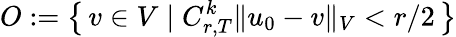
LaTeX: O:=\left\{ \, v\in V\; \vert\; C_{r,T}^{k}\Vert u_{0}-v\Vert_{V}<r/2\, \right\}